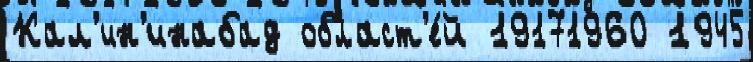
Кал'ин'инабад област'е́й 19171960 1945